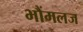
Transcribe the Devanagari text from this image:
भौंमलज